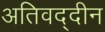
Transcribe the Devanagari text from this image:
अतिवद्दीन